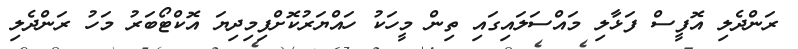
ރަންދެލި އޮފީސް ފަޅާލި މައްސަލައިގައި ތިން މީހަކު ހައްޔަރުކޮށްފިމިދިޔަ އޮކްޓޯބަރު މަހު ރަންދެލި